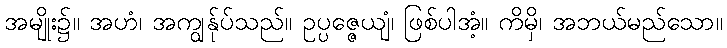
အမျိုး၌။ အဟံ၊ အကျွန်ုပ်သည်။ ဥပ္ပဇ္ဇေယျံ၊ ဖြစ်ပါအံ့။ ကိမှိ၊ အဘယ်မည်သော။